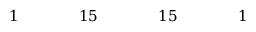
\begin{array} { c c c c c c c c c c c c c c c c c } { { } } & { { } } & { { 1 } } & { { } } & { { } } & { { } } & { { 1 5 } } & { { } } & { { } } & { { } } & { { 1 5 } } & { { } } & { { } } & { { } } & { { 1 } } & { { } } & { { } } \end{array}